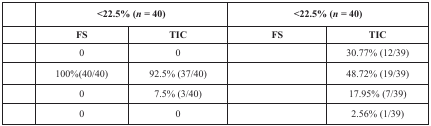
<table><thead><tr><td>[EMPTY_CELL]</td><td colspan="2"><b>&lt;22.5% (<i>n</i>= 40)</b></td><td colspan="2"><b>&lt;22.5% (<i>n</i>= 40)</b></td></tr><tr><td>[EMPTY_CELL]</td><td><b>FS</b></td><td><b>TIC</b></td><td><b>FS</b></td><td><b>TIC</b></td></tr></thead><tbody><tr><td>[EMPTY_CELL]</td><td>0</td><td>0</td><td>[EMPTY_CELL]</td><td>30.77% (12/39)</td></tr><tr><td>[EMPTY_CELL]</td><td>100%(40/40)</td><td>92.5% (37/40)</td><td>[EMPTY_CELL]</td><td>48.72% (19/39)</td></tr><tr><td>[EMPTY_CELL]</td><td>0</td><td>7.5% (3/40)</td><td>[EMPTY_CELL]</td><td>17.95% (7/39)</td></tr><tr><td>[EMPTY_CELL]</td><td>0</td><td>0</td><td>[EMPTY_CELL]</td><td>2.56% (1/39)</td></tr></tbody></table>